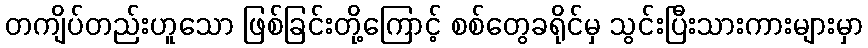
တကျိပ်တည်းဟူသော ဖြစ်ခြင်းတို့ကြောင့် စစ်တွေခရိုင်မှ သွင်းပြီးသားကားများမှာ